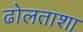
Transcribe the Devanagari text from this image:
ढोलताशा